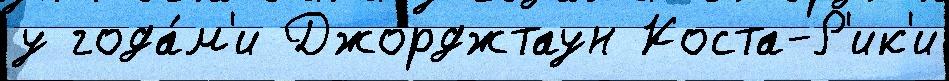
у года́м'и Джорджтаун Коста-Р'ик'и